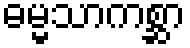
ဓမ္မသာကစ္ဆာ